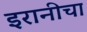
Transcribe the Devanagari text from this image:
इरानीचा